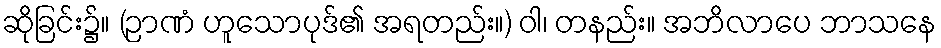
ဆိုခြင်း၌။ (ဉာဏံ ဟူသောပုဒ်၏ အရတည်း။) ဝါ၊ တနည်း။ အဘိလာပေ ဘာသနေ